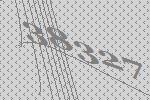
38327